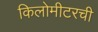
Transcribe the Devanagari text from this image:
किलोमीटरची